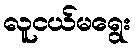
လူငယ်မရွေး